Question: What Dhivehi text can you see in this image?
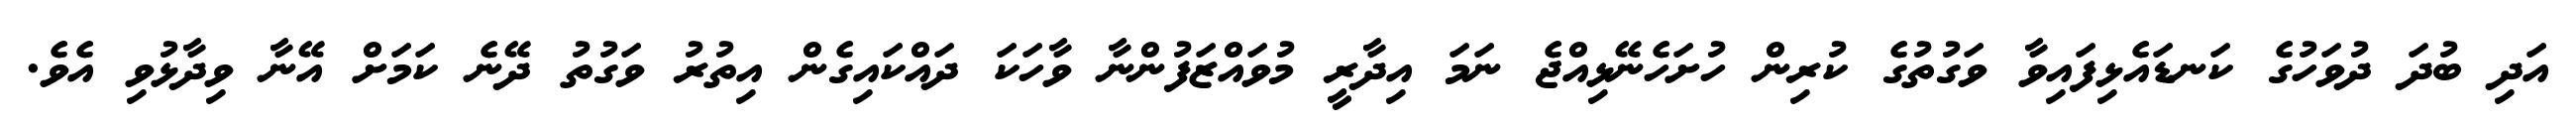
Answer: އަދި ބުދަ ދުވަހުގެ ކަނޑައެޅިފައިވާ ވަގުތުގެ ކުރިން ހުށަހެނޭޅިއްޖެ ނަމަ އިދާރީ މުވައްޒަފުންނާ ވާހަކަ ދައްކައިގެން އިތުރު ވަގުތު ދޭނެ ކަމަށް އޭނާ ވިދާޅުވި އެވެ.